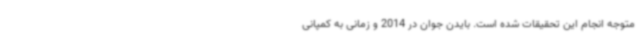
متوجه انجام این تحقیقات شده است. بایدن جوان در 2014 و زمانی به کمپانی